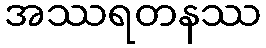
အဿရတနဿ